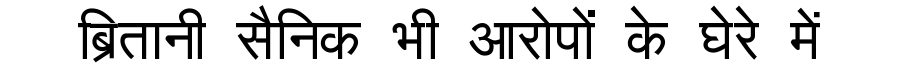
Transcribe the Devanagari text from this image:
ब्रितानी सैनिक भी आरोपों के घेरे में